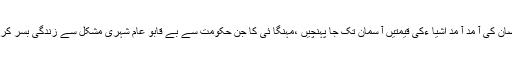
تلہ گنگ (نما ئندہ بول تلہ گنگ ) رمضان کی آ مد آ مد اشیا ءکی قیمتیں آ سمان تک جا پہنچیں ،مہنگا ئی کا جن حکومت سے بے قابو عام شہری مشکل سے زندگی بسر کر نے پر مجبور ،شہری سراپا احتجاج ۔